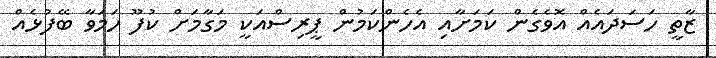
ޒާތީ ހަސަދައެއް އޮވެގެން ކަމަށާއި އެހެންކަމުން ޕީރިސްއަކީ މަގާމަށް ކުފޫ ހަމަވާ ބޭފުޅެއް